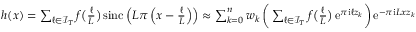
\begin{array} { r } { h ( x ) = \sum _ { \ell \in \mathcal I _ { T } } f \big ( \frac { \ell } { L } \big ) \, \mathrm { s i n c } \left( L \pi \left( x - \frac { \ell } { L } \right) \right) \approx \sum _ { k = 0 } ^ { n } w _ { k } \, \bigg ( \sum _ { \ell \in \mathcal I _ { T } } f \big ( \frac { \ell } { L } \big ) \, \mathrm e ^ { \pi \mathrm i \ell z _ { k } } \bigg ) \, \mathrm e ^ { - \pi \mathrm i L x z _ { k } } } \end{array}